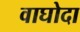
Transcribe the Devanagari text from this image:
वाघोदा